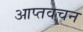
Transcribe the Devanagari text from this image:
आप्तवचन